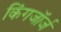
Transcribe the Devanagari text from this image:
किंगजॉर्ज